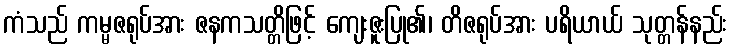
ကံသည် ကမ္မဇရုပ်အား ဇနကသတ္တိဖြင့် ကျေးဇူးပြု၏၊ တိဇရုပ်အား ပရိယာယ် သုတ္တန်နည်း